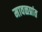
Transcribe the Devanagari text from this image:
मावळप्रांत